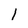
Character: 1